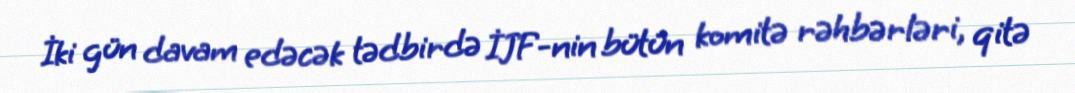
İki gün davam edəcək tədbirdə İJF-nin bütün komitə rəhbərləri, qitə